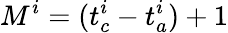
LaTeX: M^{i}=(t_{c}^{i}-t_{a}^{i})+1